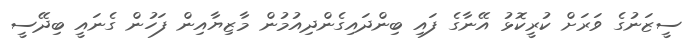
ސީޒަނުގެ ވަރަށް ކުރީކޮޅު އޭނާގެ ފައި ބިންދައިގެންދިއުމުން މާޒިޔާއިން ފަހުން ގެނައީ ބިދޭސީ